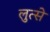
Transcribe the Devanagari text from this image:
लुत्से